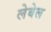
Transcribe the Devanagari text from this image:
लेबेल